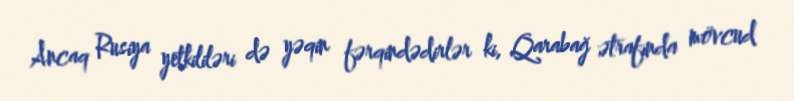
Ancaq Rusiya yetkililəri də yəqin fərqindədirlər ki, Qarabağ ətrafında mövcud